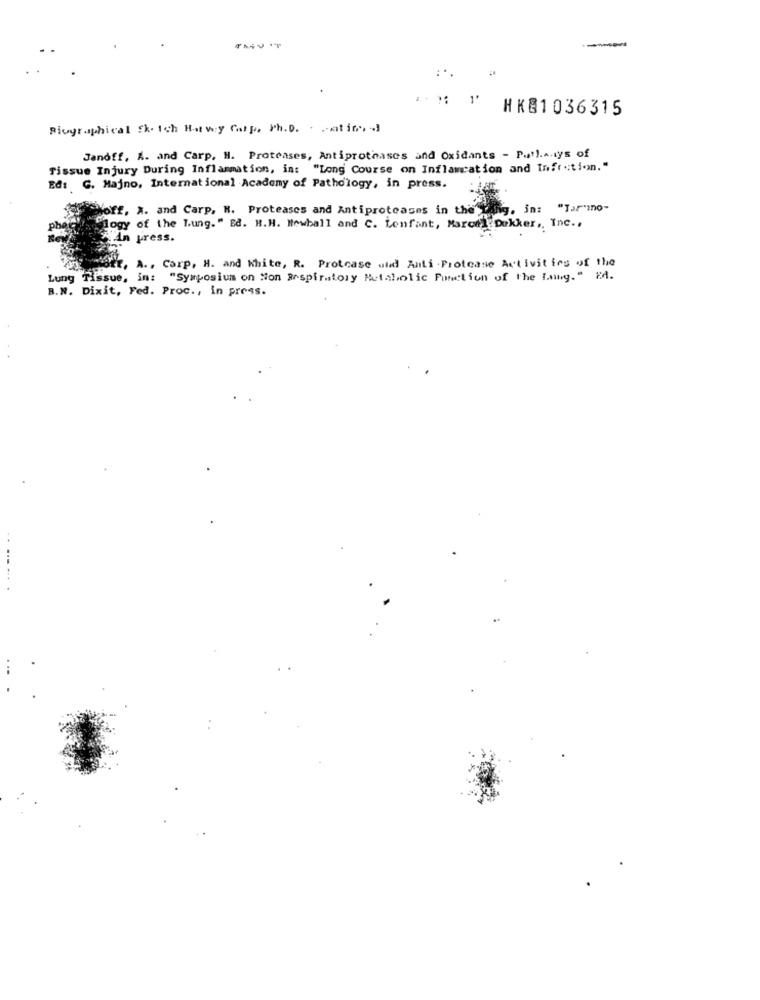
:*.
1'
HK81036315
Biographical Sk. Ich Hatvy Corp, Ph.D. - ati
Janoff, A. and Carp. H. Proteases, Antiprothases and Oxidants - Putl.A.lys of
Tissue Injury During Inflammation, in: "Long Course on Inflamation and Infrction."
Ed: G. Majno, International Academy of Pathology, in press.
orf, A. and Carp. M. Proteases and Antiproteases in the wing, in: "Tar"no-
"logy of the Lung." Ed. H.H. Newball and C. Lenfant, Marcel Dekker ,, Inc .,
in press.
wort, A ., Carp, H. and White, R. Protease and Anti - Protease Activities of the
Lung Tissue, in: "Symposium on Non Respiratory Metabolic Function of the Lung." Ed.
B.N. Dixit, Fed. Proc ., in press.